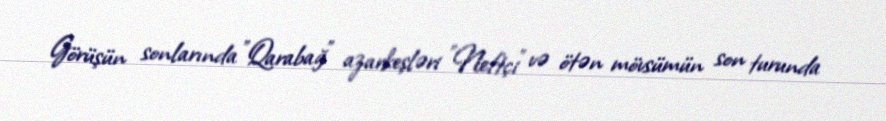
Görüşün sonlarında "Qarabağ" azarkeşləri "Neftçi" və ötən mövsümün son turunda